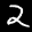
Label: 2